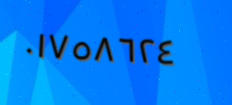
٠١٧٥٨٦٢٤